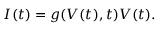
I ( t ) = g ( V ( t ) , t ) V ( t ) .